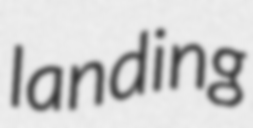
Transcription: landing